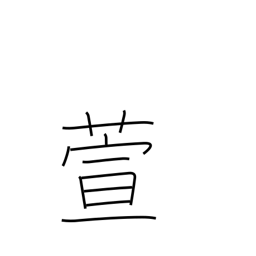
Meaning: miscanthus reed